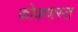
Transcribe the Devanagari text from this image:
कोकणस्त